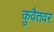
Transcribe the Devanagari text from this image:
कुवैतवर